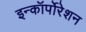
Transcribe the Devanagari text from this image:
इन्कॉर्पोरेशन